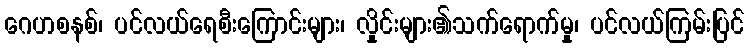
ဂေဟစနစ်၊ ပင်လယ်ရေစီးကြောင်းများ၊ လှိုင်းများ၏သက်ရောက်မှု၊ ပင်လယ်ကြမ်းပြင်